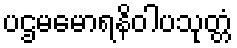
ပဌမမောရနိဝါပသုတ္တံ